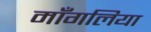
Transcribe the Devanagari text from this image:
माँगलिया